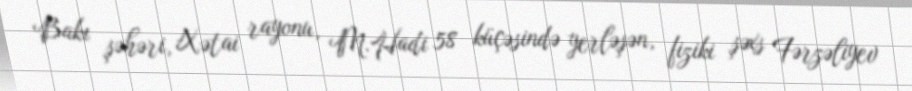
Bakı şəhəri, Xətai rayonu, M.Hadi 58 küçəsində yerləşən, fiziki şəxs Fərzəliyev